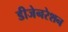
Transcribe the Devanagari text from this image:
डीजेनरेशन